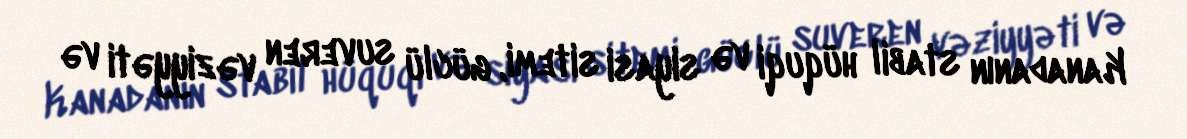
Kanadanın stabil hüquqi və siyasi sitemi, güclü suveren vəziyyəti və